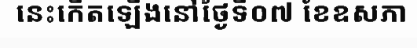
នេះកើតឡើងនៅថ្ងៃទី០៧ ខែឧសភា